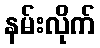
နမ်းလိုက်